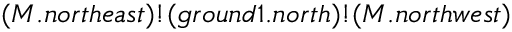
( M . n o r t h e a s t ) ! ( g r o u n d 1 . n o r t h ) ! ( M . n o r t h w e s t )